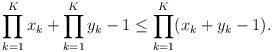
LaTeX: \begin{align*}\prod_{k=1}^Kx_k+\prod_{k=1}^Ky_k-1\leq \prod_{k=1}^K(x_k+y_k-1).\end{align*}